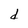
Character: d